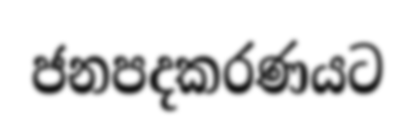
ජනපදකරණයට